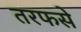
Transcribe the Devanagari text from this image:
तरफसे